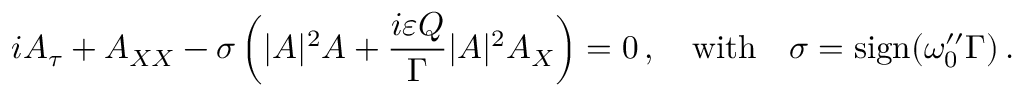
i A _ { \tau } + A _ { X X } - \sigma \left( | A | ^ { 2 } A + \frac { i \varepsilon Q } { \Gamma } | A | ^ { 2 } A _ { X } \right) = 0 \, , \quad \mathrm { w i t h } \quad \sigma = \mathrm { s i g n } ( \omega _ { 0 } ^ { \prime \prime } \Gamma ) \, .